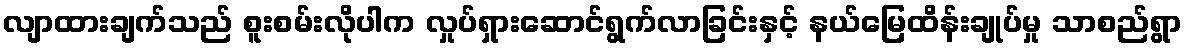
လျာထားချက်သည် စူးစမ်းလိုပါက လှုပ်ရှားဆောင်ရွက်လာခြင်းနှင့် နယ်မြေထိန်းချုပ်မှု သာစည်ရွာ